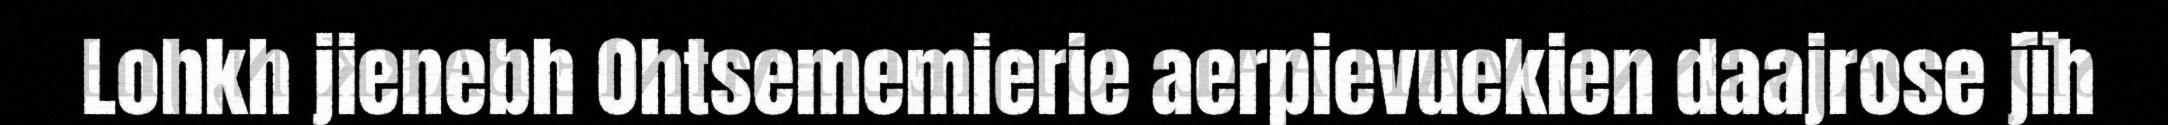
Lohkh jienebh Ohtsememierie aerpievuekien daajrose jïh